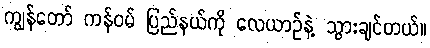
ကျွန်တော် ကန်ဝမ် ပြည်နယ်ကို လေယာဉ်နဲ့ သွားချင်တယ်။